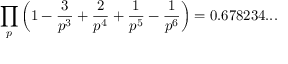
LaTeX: \prod _ { p } \left( 1 - { \frac { 3 } { p ^ { 3 } } } + { \frac { 2 } { p ^ { 4 } } } + { \frac { 1 } { p ^ { 5 } } } - { \frac { 1 } { p ^ { 6 } } } \right) = 0 . 6 7 8 2 3 4 . . .